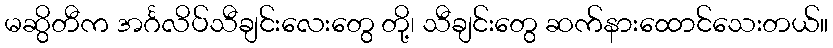
မဆွိတီက အင်္ဂလိပ်သီချင်းလေးတွေ တို့၊ သီချင်းတွေ ဆက်နားထောင်သေးတယ်။